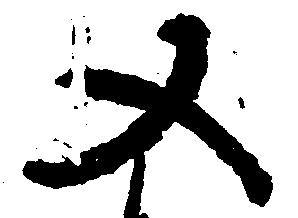
又